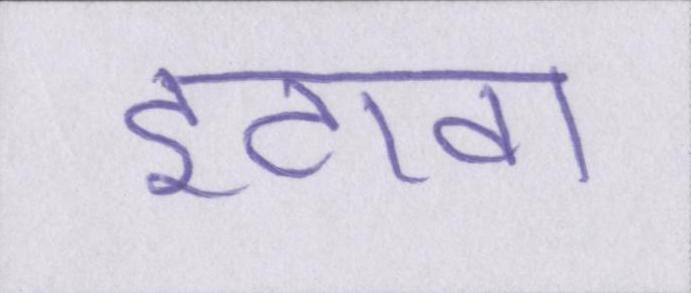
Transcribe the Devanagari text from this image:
इटावा